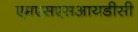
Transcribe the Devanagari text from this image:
एमएसएसआयडीसी